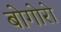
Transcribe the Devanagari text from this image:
बोगोरो